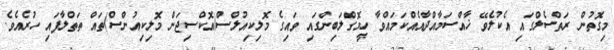
މިގޮތުން ރަތްސެލްގައި އެކުލެވޭ ޚާއްސަމާއްދާއެއްކަމައްވާ ހީމޮގްލަބިންގައި ވައިގެ މޮލިކިއުލްސް(އޮކްސިޖަން މޮލިކިއުންސް)ތައް ތަތްލާފައި ހުރެއެވެ.